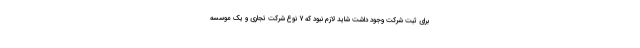
برای ثبت شرکت وجود داشت شاید لازم نبود که 7 نوع شرکت تجاری و یک موسسه